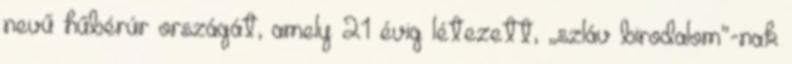
nevű hűbérúr országát, amely 21 évig létezett, „szláv birodalom”-nak